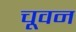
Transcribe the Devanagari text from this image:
चूवन